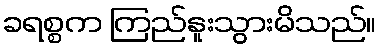
ခရစ္စက ကြည်နူးသွားမိသည်။